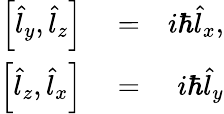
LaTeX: \begin{array}{rlr}{\left[\hat{l}_{y},\hat{l}_{z}\right]}&{{}=}&{i\hbar\hat{l}_{x},}\\ {\left[\hat{l}_{z},\hat{l}_{x}\right]}&{{}=}&{i\hbar\hat{l}_{y}}\end{array}